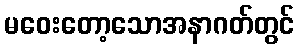
မဝေးတော့သောအနာဂတ်တွင်